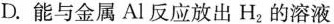
D.能与金属Al反应放出H_{2}的溶液